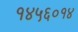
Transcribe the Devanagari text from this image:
१४५६०१४